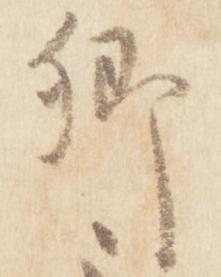
卿